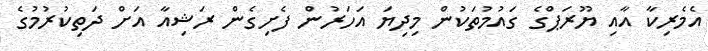
އެމެރިކާ އާއި ޔޫރަޕްގެ ގައުމުތަކުން މިދިޔަ އަހަރުން ފެށިގެން ރަޝިއާ އަށް ދަތިކުރުމުގެ